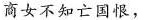
商女不知亡国恨，